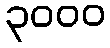
၃၀၀၀